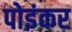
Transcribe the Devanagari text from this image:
पोइंकर